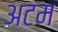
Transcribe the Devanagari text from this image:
अटम